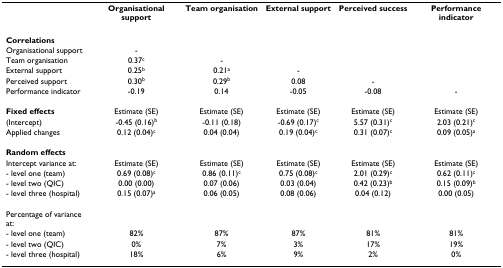
<table><thead><tr><td></td><td><b>Organisational support</b></td><td><b>Team organisation</b></td><td><b>External support</b></td><td><b>Perceived success</b></td><td><b>Performance indicator</b></td></tr></thead><tbody><tr><td><b>Correlations</b></td><td></td><td></td><td></td><td></td><td></td></tr><tr><td>Organisational support</td><td>-</td><td></td><td></td><td></td><td></td></tr><tr><td>Team organisation</td><td>0.37<sup>c</sup></td><td>-</td><td></td><td></td><td></td></tr><tr><td>External support</td><td>0.25<sup>b</sup></td><td>0.21<sup>a</sup></td><td>-</td><td></td><td></td></tr><tr><td>Perceived support</td><td>0.30<sup>b</sup></td><td>0.29<sup>b</sup></td><td>0.08</td><td>-</td><td></td></tr><tr><td>Performance indicator</td><td>-0.19</td><td>0.14</td><td>-0.05</td><td>-0.08</td><td>-</td></tr><tr><td><b>Fixed effects</b></td><td>Estimate (SE)</td><td>Estimate (SE)</td><td>Estimate (SE)</td><td>Estimate (SE)</td><td>Estimate (SE)</td></tr><tr><td>(Intercept)</td><td>-0.45 (0.16)<sup>b</sup></td><td>-0.11 (0.18)</td><td>-0.69 (0.17)<sup>c</sup></td><td>5.57 (0.31)<sup>c</sup></td><td>2.03 (0.21)<sup>c</sup></td></tr><tr><td>Applied changes</td><td>0.12 (0.04)<sup>c</sup></td><td>0.04 (0.04)</td><td>0.19 (0.04)<sup>c</sup></td><td>0.31 (0.07)<sup>c</sup></td><td>0.09 (0.05)<sup>a</sup></td></tr><tr><td><b>Random effects</b></td><td></td><td></td><td></td><td></td><td></td></tr><tr><td>Intercept variance at:</td><td>Estimate (SE)</td><td>Estimate (SE)</td><td>Estimate (SE)</td><td>Estimate (SE)</td><td>Estimate (SE)</td></tr><tr><td>- level one (team)</td><td>0.69 (0.08)<sup>c</sup></td><td>0.86 (0.11)<sup>c</sup></td><td>0.75 (0.08)<sup>c</sup></td><td>2.01 (0.29)<sup>c</sup></td><td>0.62 (0.11)<sup>c</sup></td></tr><tr><td>- level two (QIC)</td><td>0.00 (0.00)</td><td>0.07 (0.06)</td><td>0.03 (0.04)</td><td>0.42 (0.23)<sup>b</sup></td><td>0.15 (0.09)<sup>b</sup></td></tr><tr><td>- level three (hospital)</td><td>0.15 (0.07)<sup>a</sup></td><td>0.06 (0.05)</td><td>0.08 (0.06)</td><td>0.04 (0.12)</td><td>0.00 (0.05)</td></tr><tr><td>Percentage of variance at:</td><td></td><td></td><td></td><td></td><td></td></tr><tr><td>- level one (team)</td><td>82%</td><td>87%</td><td>87%</td><td>81%</td><td>81%</td></tr><tr><td>- level two (QIC)</td><td>0%</td><td>7%</td><td>3%</td><td>17%</td><td>19%</td></tr><tr><td>- level three (hospital)</td><td>18%</td><td>6%</td><td>9%</td><td>2%</td><td>0%</td></tr></tbody></table>